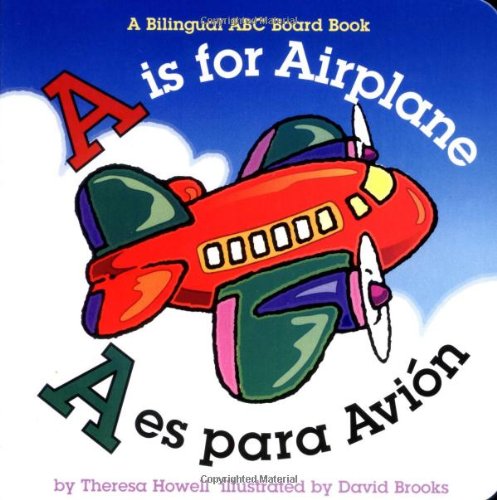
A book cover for A is for Airplane/A es para avion (Alphabet Books) (Multilingual Edition); Theresa Howell; Children's Books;